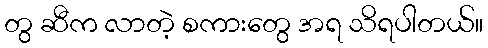
တွ ဆီက လာတဲ့ စကားတွေ အရ သိရပါတယ်။